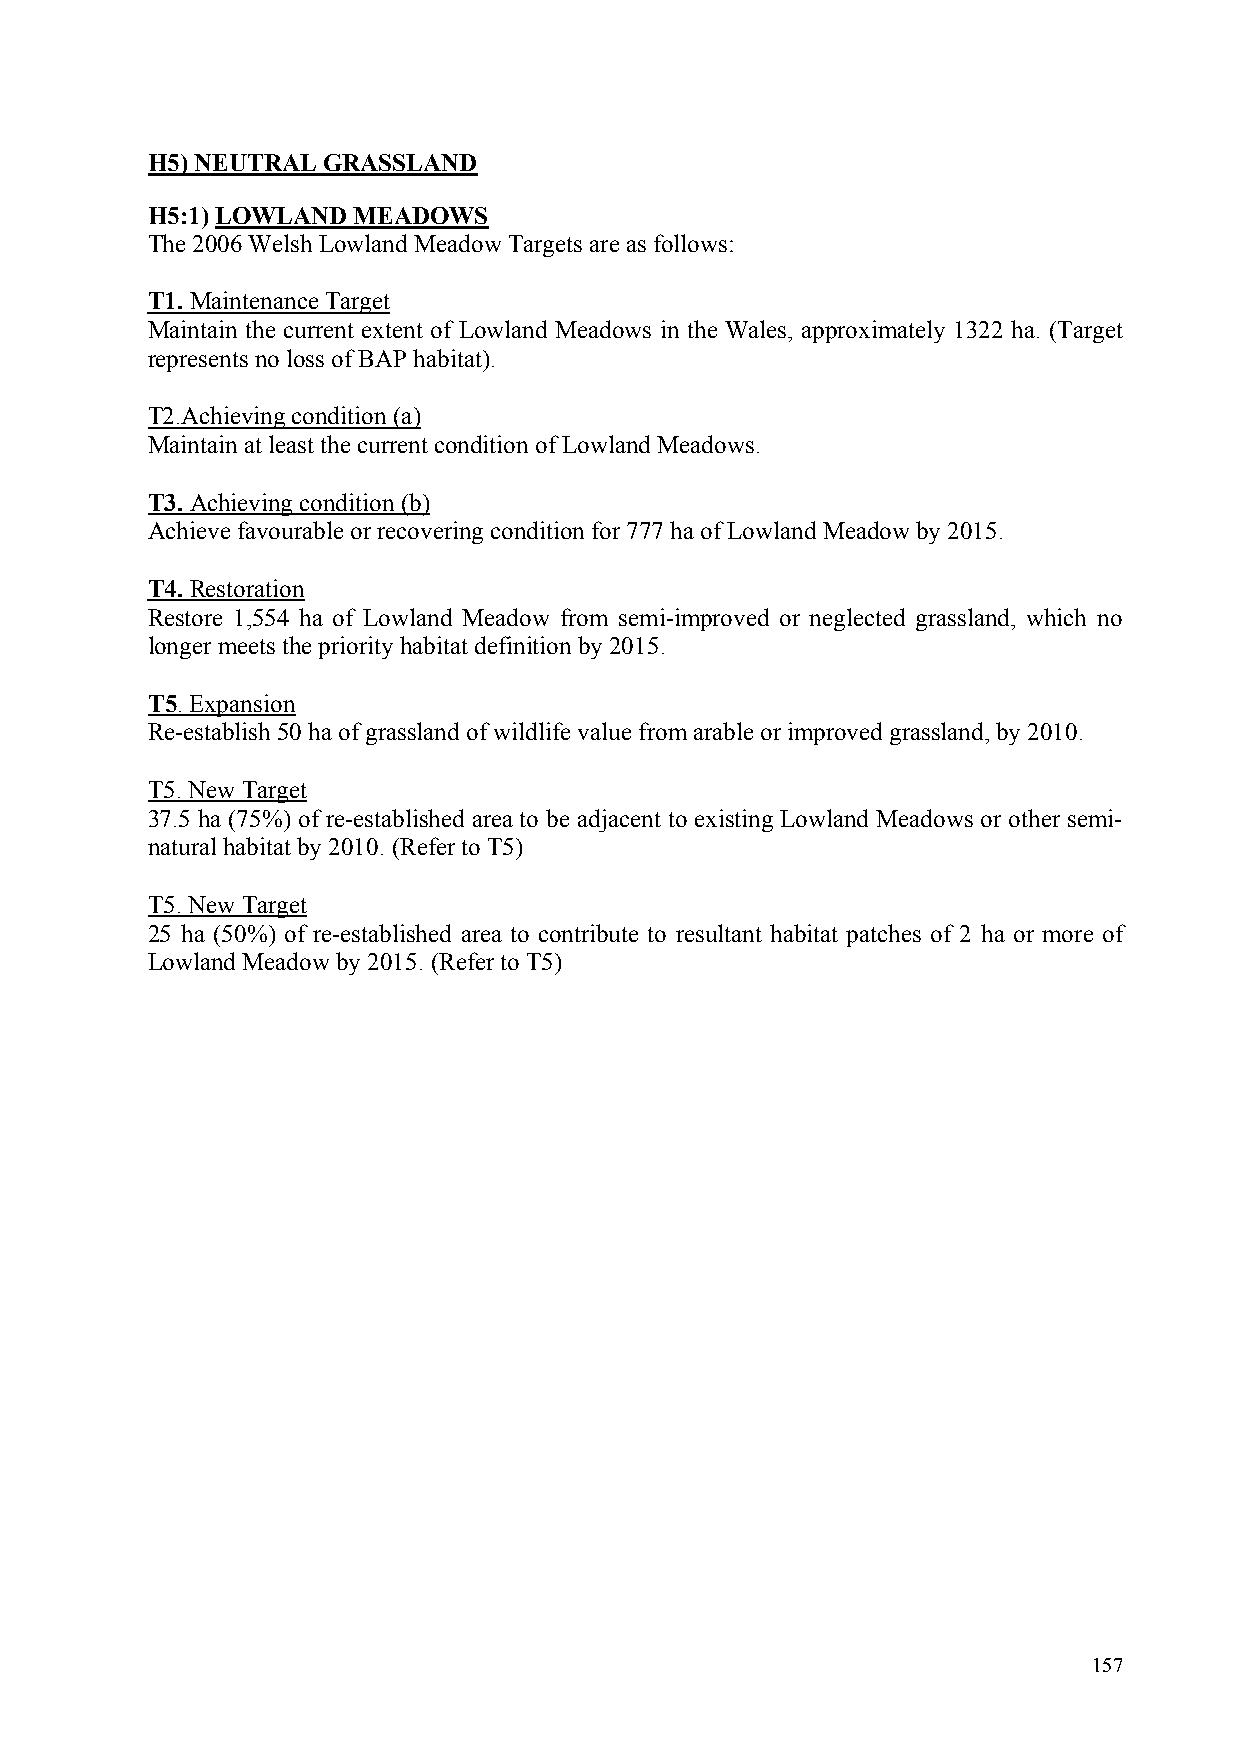
H5) NEUTRAL GRASSLAND
 H5:1) LOWLAND MEADOWS
 The 2006 Welsh Lowland MeadowTargets are as follows:
 T1. Maintenance Target
 Maintain the current extent of Lowland Meadows in the Wales, approximately 1322 ha. (Target
 represents no loss of BAP habitat).
 T2.Achieving condition (a)
 Maintain at least the current condition of Lowland Meadows.
 T3. Achieving condition (b)
 Achieve favourable or recovering condition for 777 ha of Lowland Meadow by 2015.
 T4. Restoration
 Restore 1,554 ha of Lowland Meadow from semi-improved or neglected grassland, which no
 longer meets the priority habitat definition by 2015.
 T5. Expansion
 Re-establish 50 ha of grassland of wildlife value from arable or improved grassland, by 2010.
 T5. New Target
 37.5 ha (75%) of re-established area to be adjacent to existing Lowland Meadows or other semi-
 natural habitat by 2010. (Refer to T5)
 T5. New Target
 25 ha (50%) of re-established area to contribute to resultant habitat patches of 2 ha or more of
 Lowland Meadow by 2015. (Refer to T5)
 157